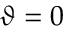
\vartheta = 0